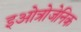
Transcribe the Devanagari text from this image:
इओत्रोजेनिक